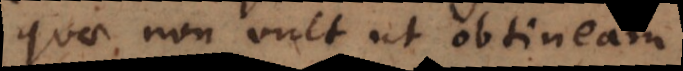
quae non vult ut obtinea